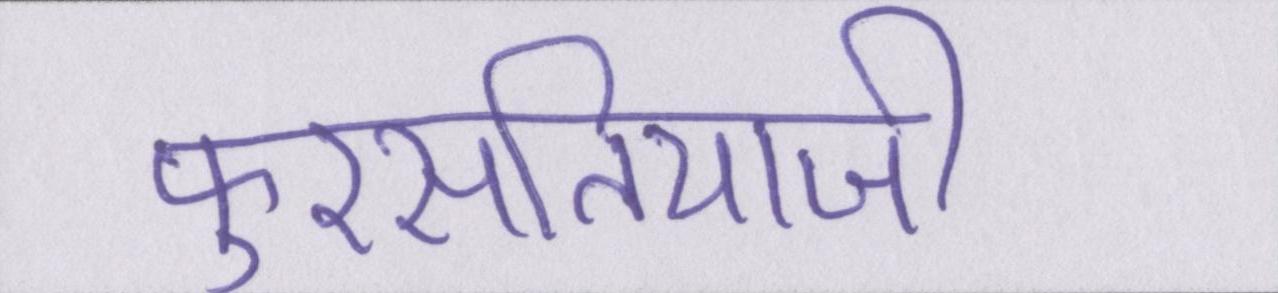
फुरसतियाजी